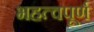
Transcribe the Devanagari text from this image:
भहत्वपूर्ण